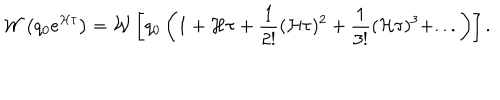
{ \cal W } \left( q _ { 0 } e ^ { { \cal H } \tau } \right) = { \cal W } \left[ q _ { 0 } \left( 1 + { { \cal H } \tau } + { \frac { 1 } { 2 ! } } ( { \cal H } \tau ) ^ { 2 } + { \frac { 1 } { 3 ! } } ( { \cal H } \tau ) ^ { 3 } + . . . \right) \right] .